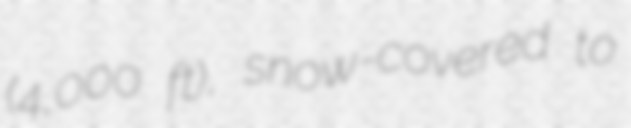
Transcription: (4,000 ft), snow-covered to